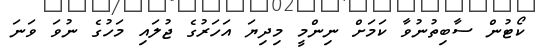
ކޯޓުން ސާބިތުނުވާ ކަމަށް ނިންމީ މިދިޔަ އަހަރުގެ ޖުލައި މަހުގެ ނުވަ ވަނަ